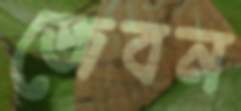
জেবন